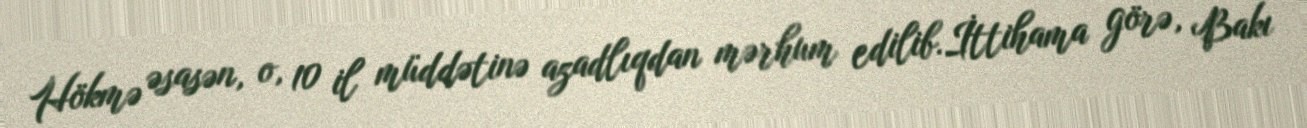
Hökmə əsasən, o, 10 il müddətinə azadlıqdan mərhum edilib.İttihama görə, Bakı